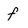
Character: f